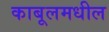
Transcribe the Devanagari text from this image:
काबूलमधील